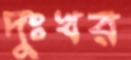
দুঃখর